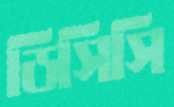
ডিসিসি